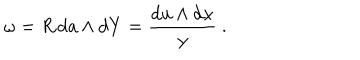
\omega = { R } \, \mathrm { d } a \wedge \mathrm { d } Y = \frac { \mathrm { d } u \wedge \mathrm { d } x } { y } \ .